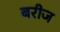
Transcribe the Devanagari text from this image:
बरीज